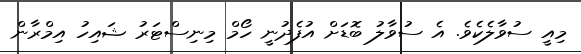
މިއީ ސުވާލެކެވެ. އެ ސުވާލު ބޮޑަށް އުފެދުނީ ހޯމް މިނިސްޓަރު ޝައިހު އިމްރާން